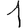
Digit: 1